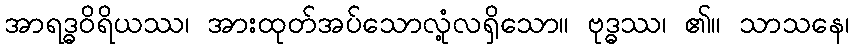
အာရဒ္ဓဝိရိယဿ၊ အားထုတ်အပ်သောလုံ့လရှိသော။ ဗုဒ္ဓဿ၊ ၏။ သာသနေ၊